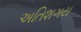
અતિશગય